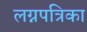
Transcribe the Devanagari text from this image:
लग्नपत्रिका